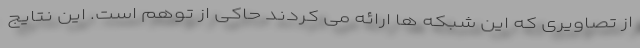
از تصاویری که این شبکه ها ارائه می کردند حاکی از توهم است. این نتایج